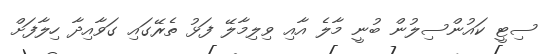
ސިޓީ ކައުންސިލުން ބުނީ މާލެ އާއި ވިލިމާލޭ ފަޅު ތެރޭގައި ގަވާއިދާ ހިލާފަށް